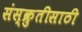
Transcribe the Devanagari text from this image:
संस्क्रुतीसाठी